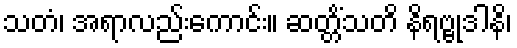
သတံ၊ အရာလည်းကောင်း။ ဆတ္တိံသတိ နိရဗ္ဗုဒါနိ၊